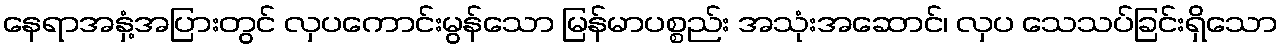
နေရာအနှံ့အပြားတွင် လှပကောင်းမွန်သော မြန်မာပစ္စည်း အသုံးအဆောင်၊ လှပ သေသပ်ခြင်းရှိသော